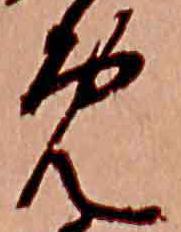
免